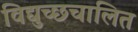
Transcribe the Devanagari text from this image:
विद्युच्छचालित